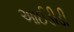
આઈડીડી